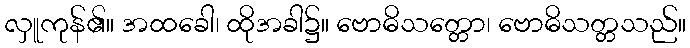
လှူကုန်၏။ အထခေါ၊ ထိုအခါ၌။ ဗောဓိသတ္တော၊ ဗောဓိသတ္တသည်။